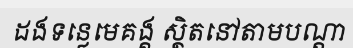
ដងទន្លេមេគង្គ ស្ថិតនៅតាមបណ្តា